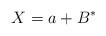
LaTeX: \begin{align*}X = a + B^*\end{align*}